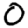
Digit: 0